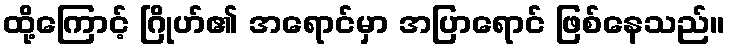
ထို့ကြောင့် ဂြိုဟ်၏ အရောင်မှာ အပြာရောင် ဖြစ်နေသည်။